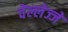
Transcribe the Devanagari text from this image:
वेल्लेज्जे